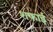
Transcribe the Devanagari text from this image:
शफाई